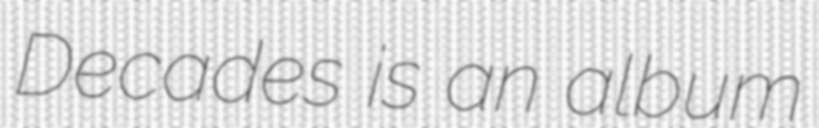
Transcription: Decades is an album